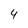
Character: 4